Trukikaitis_Postimees, lk 11
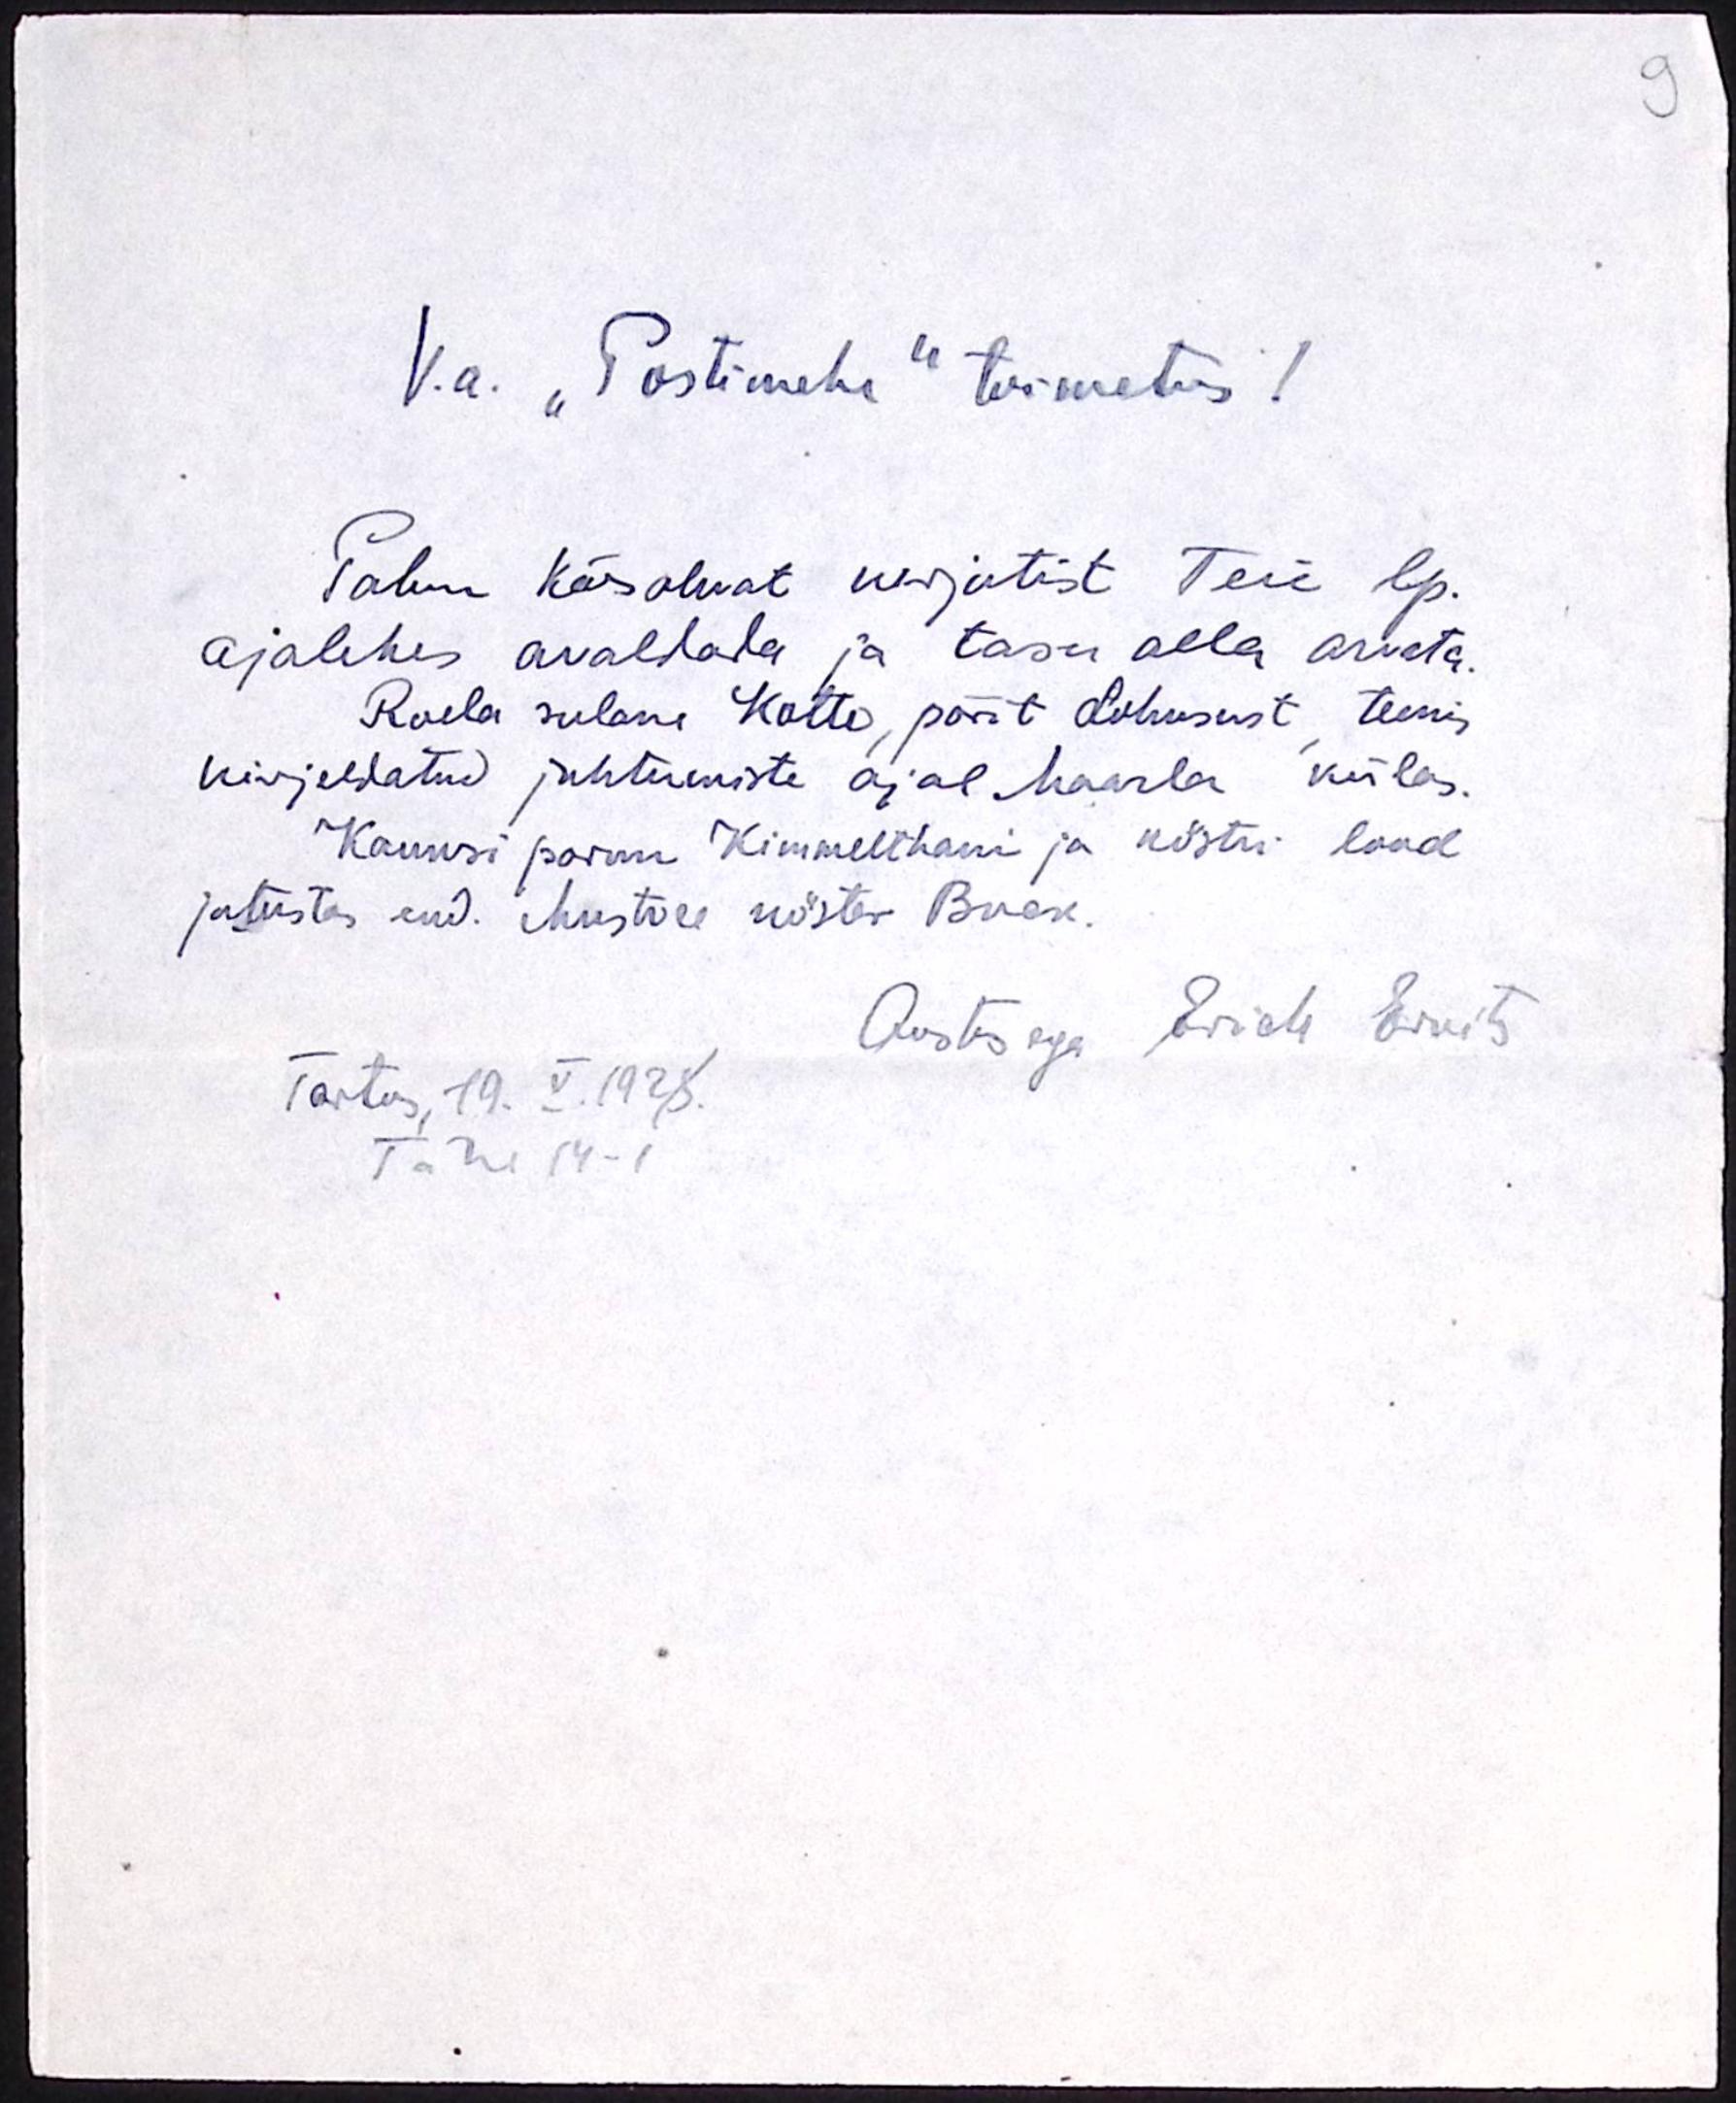
V.a. "Postimehe" toimetus!
Palun käesolewat kirjutist Teie lp.
ajalehes avaldada ja tasu alla arvata.
Raela sulane Katte, pärit Lohusust teenis
kirjeldatud juhtumiste ajal Maarla külas.
Kaunsi parun Kimmelthani ja köstri lood
jutustas end. Mustvee köster Buck.
Austusega Ervele Einits
Tartus, 19. V. 1928.
Tähe 14-1